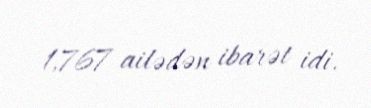
1,767 ailədən ibarət idi.